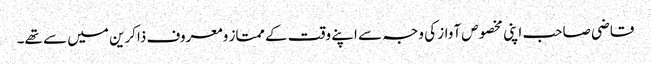
قاضی صاحب اپنی مخصوص آواز کی وجہ سے اپنے وقت کے ممتاز ومعروف ذاکرین میں سے تھے۔